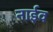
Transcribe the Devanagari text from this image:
नाईव